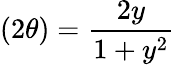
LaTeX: (2\theta)=\frac{2y}{1+y^{2}}